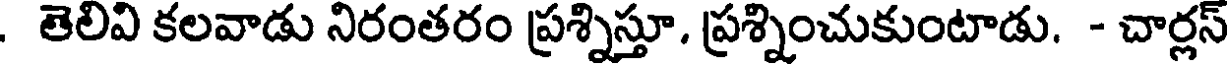
. తెలివి కలవాడు నిరంతరం ప్రశ్నిస్తూ. ప్రశ్నించుకుంటాడు. - చార్లస్